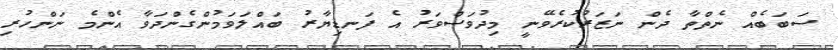
ސަބަބެއް ނެތްތާ ދެން ނަޒަރުކުރެވޭނީ މިދުވަސްވަރު އެ ފަނޑިޔާރު ބައްލަވަމުންގެންދަވާ އެންމެ ނަންހުރި